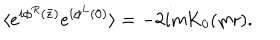
LaTeX: \langle e ^ { i \phi ^ { R } ( \bar { z } ) } e ^ { i \phi ^ { L } ( 0 ) } \rangle = - 2 i m \mathrm { K } _ { 0 } ( m r ) .